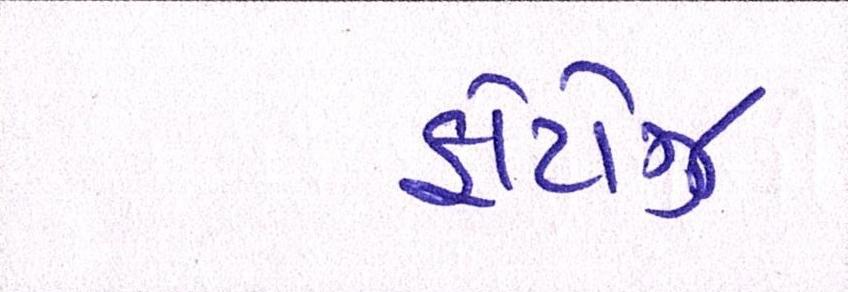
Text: ફોટોઝ